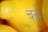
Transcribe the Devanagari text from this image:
चर्क